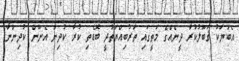
އެބަޔަކު ޤަބޫލުކުރާ ދީނެއްގެ މަތީގައި ތަރުބިއްޔަތުދީ ބޮޑެތި ކުރާ ކުދިން އެނޫން ކުދިންނާ